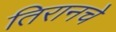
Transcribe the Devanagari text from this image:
तिरानचे